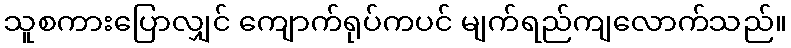
သူစကားပြောလျှင် ကျောက်ရုပ်ကပင် မျက်ရည်ကျလောက်သည်။